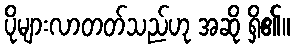
ပိုများလာတတ်သည်ဟု အဆို ရှိ၏။